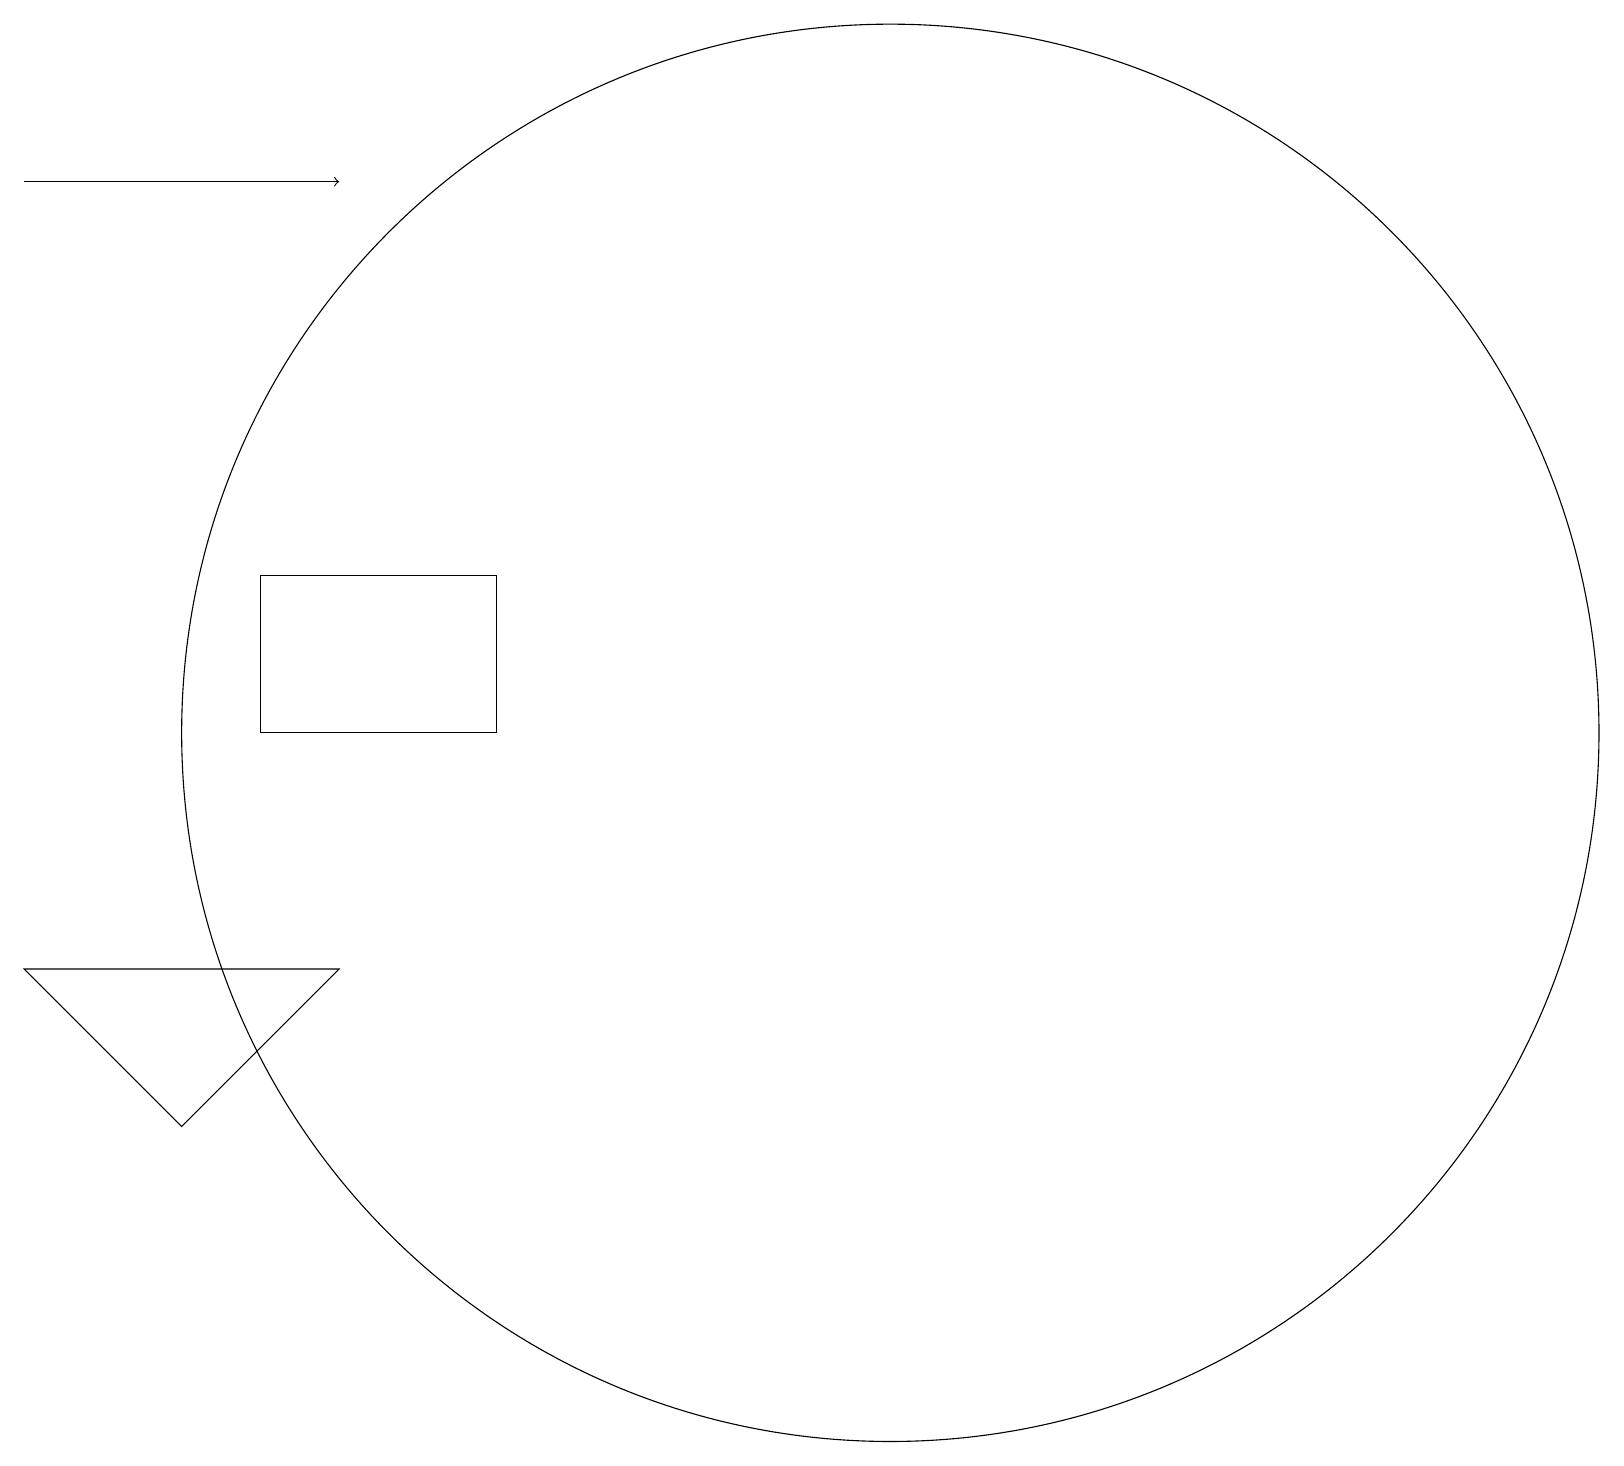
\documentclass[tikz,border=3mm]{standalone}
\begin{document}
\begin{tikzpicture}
\draw[->] (1,17) -- (5,17);
\draw (4,12) rectangle (7,10);
\draw (1,7) -- (5,7) -- (3,5) -- cycle;
\draw (12,10) circle (9);
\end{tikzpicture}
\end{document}